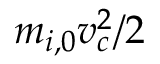
m _ { i , 0 } v _ { c } ^ { 2 } / 2